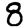
Digit: 8